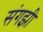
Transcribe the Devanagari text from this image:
संगझी